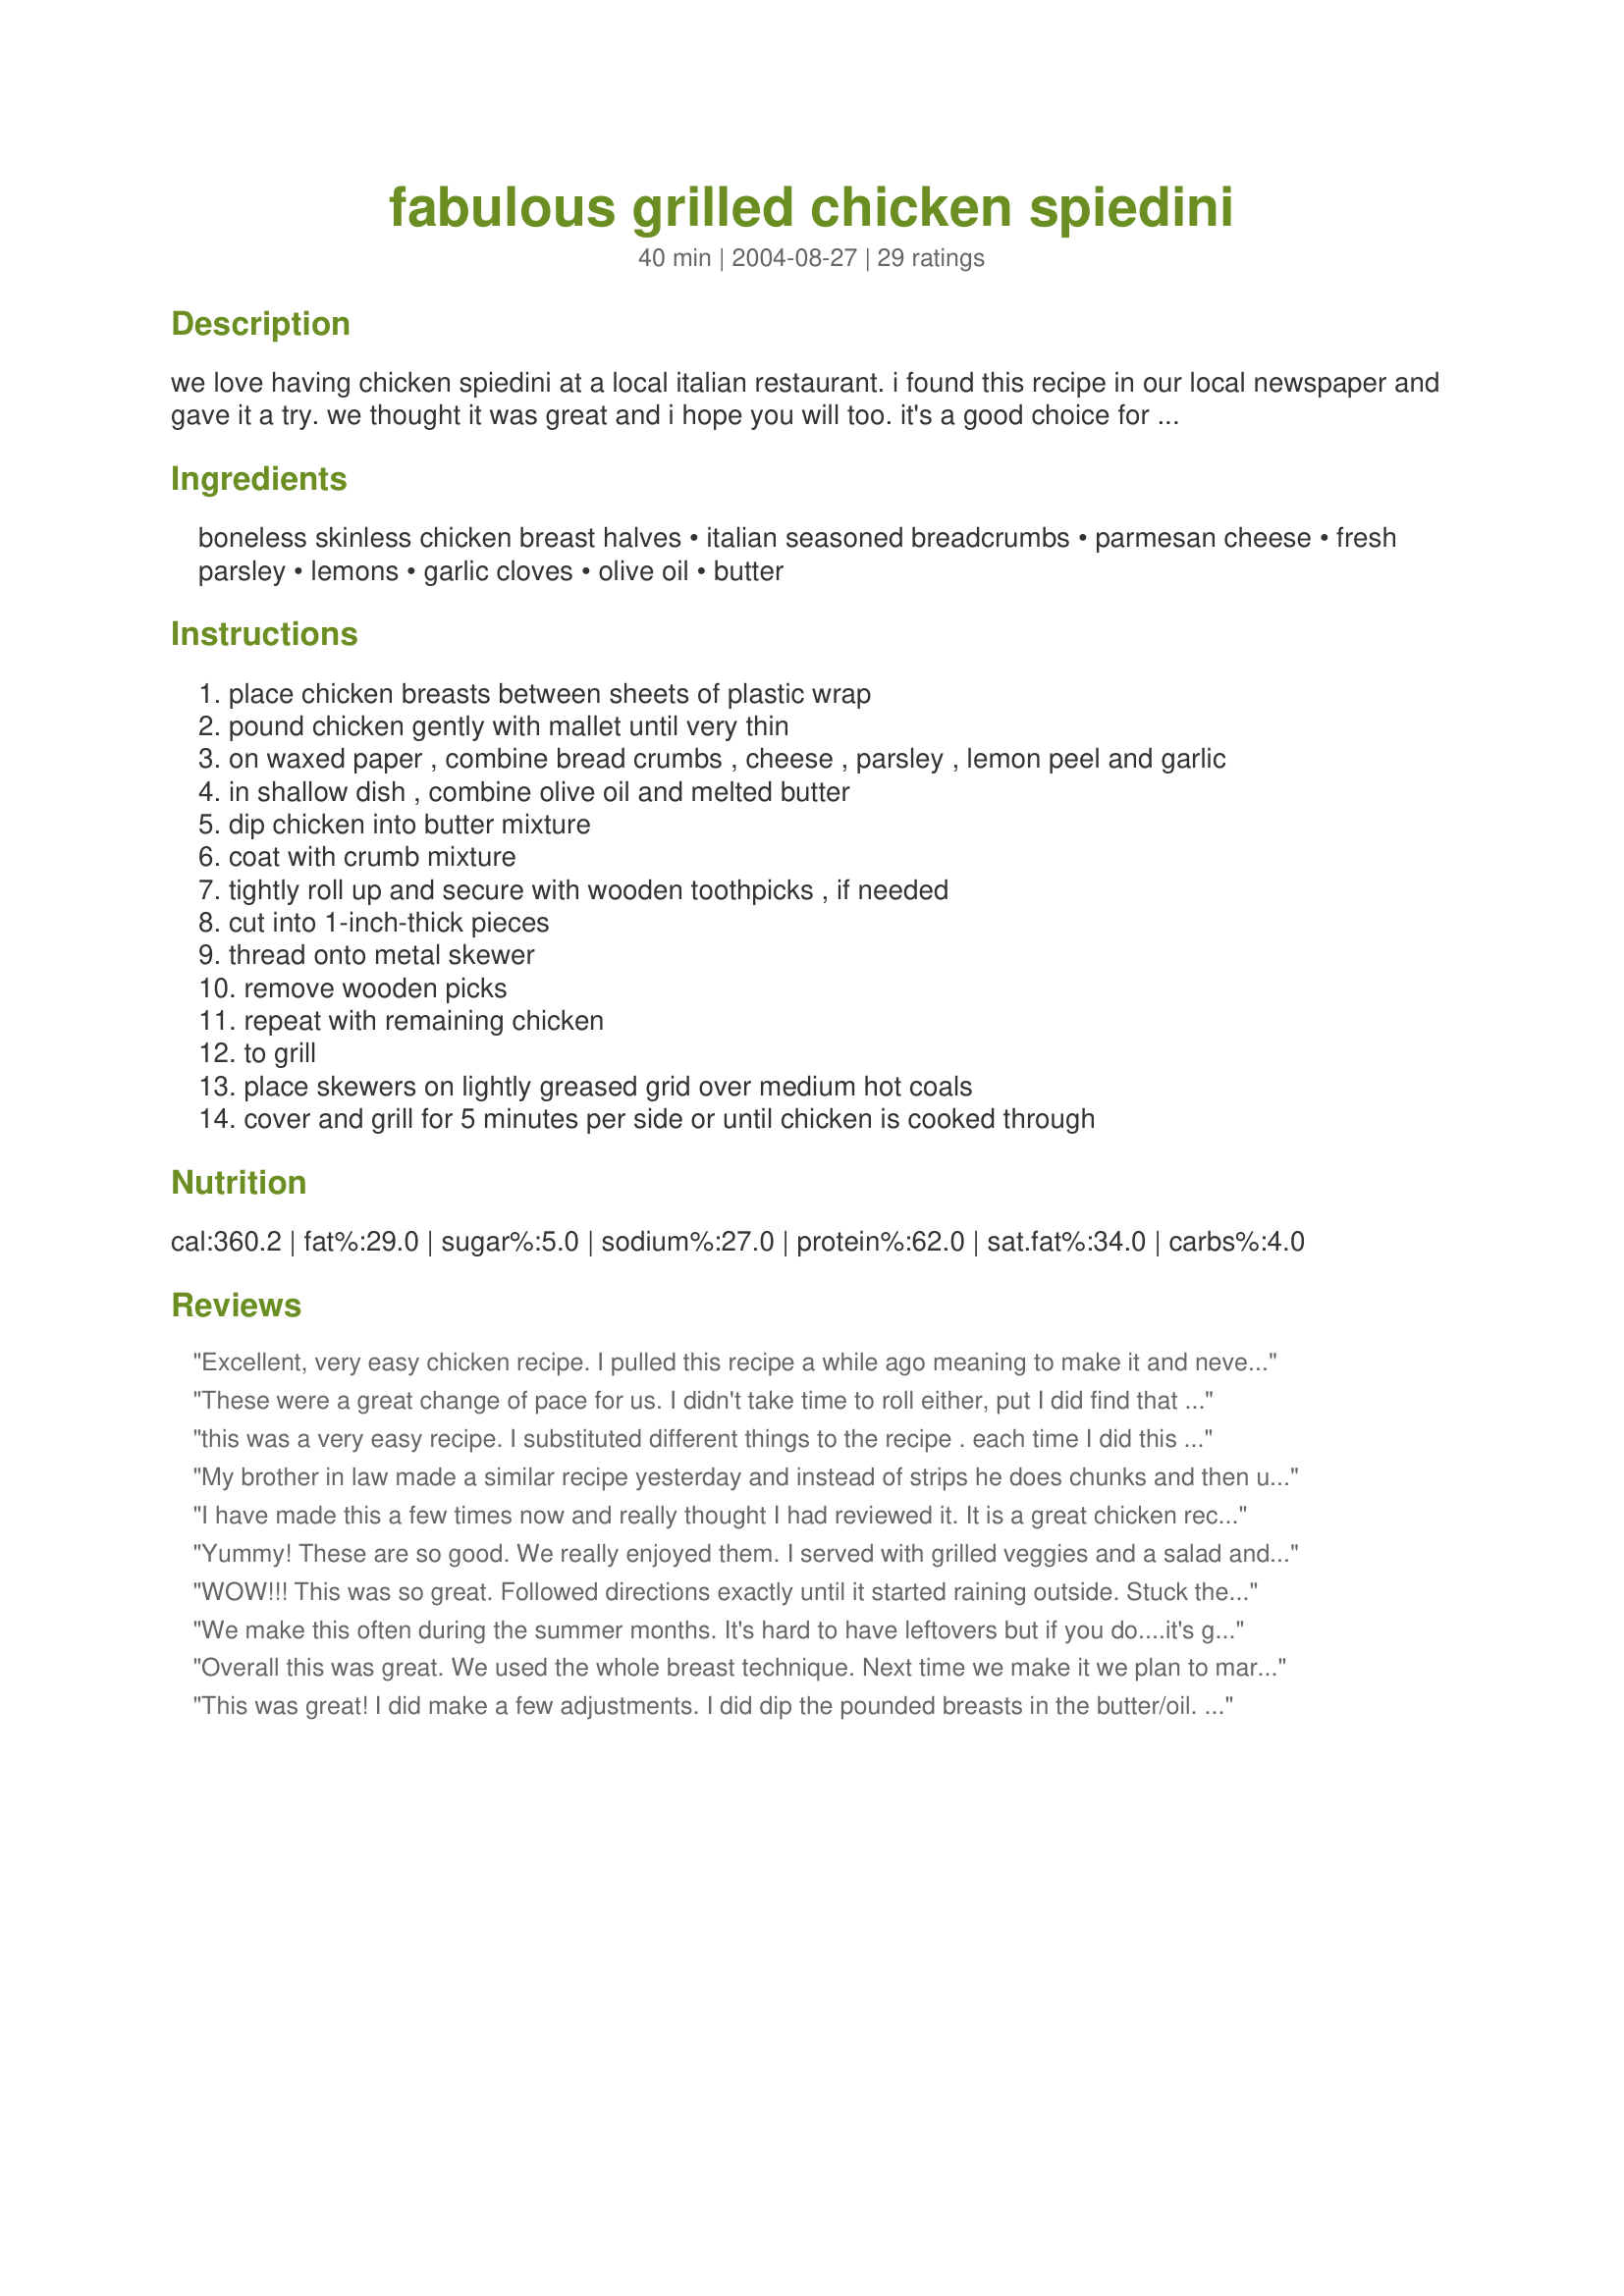
fabulous grilled chicken spiedini
Preparation time: 40 minutes

we love having chicken spiedini at a local italian restaurant. i found this recipe in our local newspaper and gave it a try. we thought it was great and i hope you will too. it's a good choice for a summer cook-out. if i am short on time, i prepare the chicken as directed, but skip the rolling/skewering and simply grill it. just as tasty and very easy.

Ingredients:
boneless skinless chicken breast halves, italian seasoned breadcrumbs, parmesan cheese, fresh parsley, lemons, garlic cloves, olive oil, butter

Steps:
place chicken breasts between sheets of plastic wrap, pound chicken gently with mallet until very thin, on waxed paper , combine bread crumbs , cheese , parsley , lemon peel and garlic, in shallow dish , combine olive oil and melted butter, dip chicken into butter mixture, coat with crumb mixture, tightly roll up and secure with wooden toothpicks , if needed, cut into 1-inch-thick pieces, thread onto metal skewer, remove wooden picks, repeat with remaining chicken, to grill, place skewers on lightly greased grid over medium hot coals, cover and grill for 5 minutes per side or until chicken is cooked through

Reviews:
Excellent, very easy chicken recipe. I pulled this recipe a while ago meaning to make it and never did. Found it tonight and saw that I had all the ingredients and voila a I had a quick easy dinner loaded with flavor. I highly recommed this. The lemon rind in the breading does add a wonderful kick to the flavors. Enjoy.
These were a great change of pace for us. I didn't take time to roll either, put I did find that in order for them not to stick on the grill, you need to spray the grill a second time when you turn them over. Other than that made them exactly as stated and loved it!
this was a very easy recipe. I substituted different things to the recipe . each time I did this experiment. this recipe will be a mainstay for sure
My brother in law made a similar recipe yesterday and instead of strips he does chunks and then uses a grill basket. That way he doesn&#039;t have to worry about the skewers burning and he gets a larger quantity turned over at once. You probably could do rolled strips in the basket also.
I have made this a few times now and really thought I had reviewed it. It is a great chicken recipe and I am not a huge fan of chicken! I&#039;ve always made it exactly as directed and done it on skewers but for the times when outdoor grilling isn&#039;t feasible I am going to copy on of the reviewers and use a tooth pick in each and do it on the indoor grill. I&#039;m making it again tonight and will serve it over a Caesar salad. Thanks for this great recipe!
Yummy! These are so good. We really enjoyed them. I served with grilled veggies and a salad and it was a wonderful meal. These are very easy to make and could easily be done ahead of time and refrigerated until time to grill. Thanks for sharing the recipe!
WOW!!! This was so great. Followed directions exactly until it started raining outside. Stuck them in the oven at 400 on top rack for 10 min on each side. I had fun pounding my chicken so it was very thin (additional oven time may have been needed otherwise). Great recipe, definite keeper. Served with rice pilaf and roasted zucchini.
We make this often during the summer months. It's hard to have leftovers but if you do....it's good the next day on a sandwich with melted mozzarella. It's also good if you experiment with different flavors of olive oil. I usually just thread the strips directly onto the skewer instead of making rolls.
Overall this was great. We used the whole breast technique. Next time we make it we plan to marinade or brine the chicken before dredging. Also thinking about dusting the breast with garlic powder and salt before dredging.

Thanks for a delicious new twist on chicken breasts.
This was great! I did make a few adjustments. I did dip the pounded breasts in the butter/oil. I only used breadcrumbs on one side, then sprinkled on the cheese, herbs, zest.....I only had one lemon so I also used lemon pepper as well, and I have a bumper crop of chives so I snipped a few of those as well. I rolled up the breasts with "the stuff" on the inside, sliced and skewered.<br/>LOVED IT! DH said "you can make this anytime" which means this recipe gets a 10!!! Thank you for posting!
This is great !!! Thanks for posting
This is very, very close to the recipe I was looking for. Served with Fettucine Alfredo, Grilled Squash and Ceasar Salad. DH wanted to know what I did that I made such a wonderful dinner for...Thank you so much for sharing another wonderful recipe that I will make again and again!
Great recipe! Try it!
We too skipped the skewers. I was doubtful about grilling this, but it was incredible! Thanks for a great and easy recipe.
I may have been to the same restaurant as Chris from Kansas. This recipe is great. Served it to my supper club and made fans out them too. There is some technique to learn with regard to grilling with panko. If too hot, the bread will burn before the chicken is cooked through. A little char though can be a good thing. I think the skewering is worth the extra effort as I've not been able to duplicate the quality when skipping that.
My husband loved this and I thought it was great, too. I used 3 T olive oil and 1 T butter to cut down on the fat and I felt no flavor was lost as a result. I cut it into chunks as suggested by another reviewer, which made it easy, but had trouble making the bread crumb mixture stick. I think I would roll it next time and maybe have a better result. I think I would just try to get chicken cutlets rather than pounding them. Will be making this again. Thanks.
Thanks really enjoyed this did it tonight and just couldn't wait to tell you. Partner even left some behind to take to work ( good ol night shift) just so that he could show off by saying what i cook him for dinner. thanks for making me look good.
Our whole family loves this recipe. The only thing I do differently is I just cut the chicken into one inch cubes instead of pounding it and rolling it. I also cooked these on the George Foreman grill and they came out great. It took half the time since it cooks on both sides at the same time. I highly recommend this recipe!
Yummy chicken! An easy recipe to make which was liked by all. I will definetely make again.
This was excellent! Even hubby who HATES chicken loved this. I had two breasts that didn't fit the skewers, and they have already been tagged for a sandwich tomorrow. Surprisingly, it was VERY filling. I served it with rice pilaf. An excellent change of pace!
My wife loves the Spiedini at Garizzo&#039;s in Columbus Park KC so much I thought I would try this recipe, she was ecstatic, says she could not tell the difference. I topped it off with some Ragu sauce with 2 red hot peppers chopped into it and it was just like the spicy red sauce they serve.
Oh my goodness, got on here to send a link to my SIL for this recipe and realized I have never given it a review! We have been using this recipe for years and it is fabulous! We follow the recipe as written. All of the flavors are perfect - right touch of everything! And it is relatively easy to assemble. Everyone raves when we serve it! Thanks for sharing! Definite winner for us!
This was a super easy and DELICIOUS recipe! We used lemon pepper and lemon juice instead of rind and then a splash of more juice once it was finished cooking but other than that followed the recipe. I will highly recommend to anyone!
My family loved this one! I didn't grill it, though, I baked it in the oven and it came out great. After rolling up each chicken breast, I secured with a toothpick and placed it on a baking sheet(without cutting into pieces and skewering). Thanks for posting.
I made this like the poster, using boneless chicken breasts and not rolling or skewering it. This is easy to make, but maybe I'm just not used to a crumb coating on my grilled chicken.....otherwise this was good. Thanks for sharing! Made for Zaar Chef Alphabet Soup tag.
Excellent! The lemon rind adds an amazing flavor. Used breast tenders for ease and left out the parsley, as we were out. Loved it as a main course, and served the leftovers over a bed of greens with a lemon/oil dressing drizzle. 
Thanks so much for this one!
Very good! We skipped the rolling, and served with couscous. Didn't have Italian seasoned breadcrumbs, so used the "Italian Bread Crumbs" recipe (here at RZ) with freshly made crumbs.
This is a great recipe. My husband and I loved it... Great lemon taste...
I had made this for some very picky eaters and they loved it !!!
